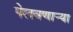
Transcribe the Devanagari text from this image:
पेलवणार्‍या